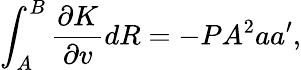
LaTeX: \int_{A}^{B}\frac{\partial K}{\partial v}dR=-PA^{2}{a}{a}^{\prime},